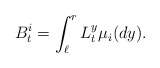
\begin{align*}B^i_t=\int_{\ell}^r L^y_t\mu_i(dy).\end{align*}